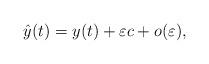
LaTeX: \begin{align*}\hat{y}(t)=y(t)+\varepsilon c+o(\varepsilon),\end{align*}